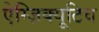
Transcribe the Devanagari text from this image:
ऐग्ज़िक्यूटिव